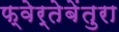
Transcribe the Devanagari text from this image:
फ्वेर्तेबेंतुरा